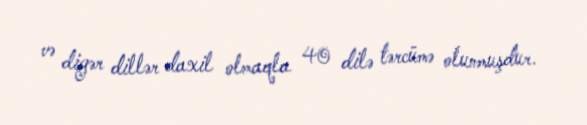
və digər dillər daxil olmaqla 40 dilə tərcümə olunmuşdur.